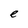
Character: e